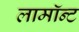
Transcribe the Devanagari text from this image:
लामॉन्ट